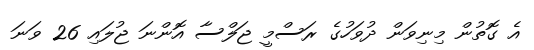
އެ ގޮތުން މިނިވަން ދުވަހުގެ ރަސްމީ ޖަލްސާ އޮންނަ ޖުލައި 26 ވަނަ